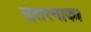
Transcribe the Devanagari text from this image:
खतरनाक।